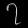
Digit: ၇